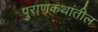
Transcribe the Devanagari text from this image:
पुराणकथांतील